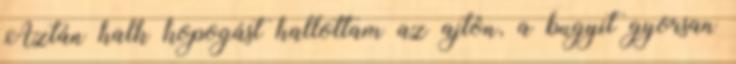
Aztán halk kopogást hallottam az ajtón, a bugyit gyorsan